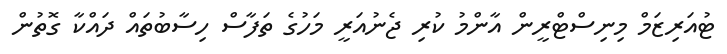
ޓުއަރިޒަމް މިނިސްޓްރީން އާންމު ކުރި ޖެނުއަރީ މަހުގެ ތަފާސް ހިސާބުތައް ދައްކާ ގޮތުން